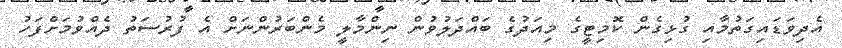
އެދިވަޑައިގަތުމާއި ގުޅިގެން ކޮމިޓީގެ މިއަދުގެ ބައްދަލުވުން ނިންމާލީ މެންބަރުންނަށް އެ ފުރުސަތު ދެއްވުމަށްފަހު